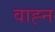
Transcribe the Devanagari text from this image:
वाह्न